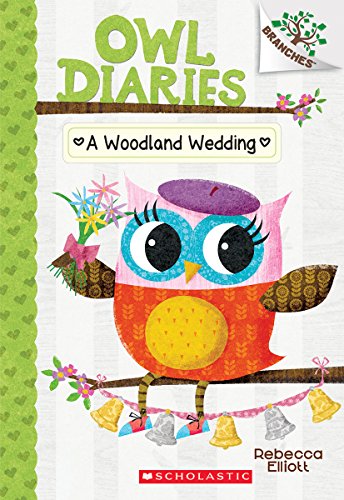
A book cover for A Woodland Wedding (Owl Diaries #3): A Branches Book; Rebecca Elliott; Children's Books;